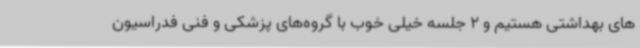
های بهداشتی هستیم و 2 جلسه خیلی خوب با گروه‌های پزشکی و فنی فدراسیون